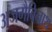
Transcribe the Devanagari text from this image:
अजगैबिनाथ